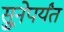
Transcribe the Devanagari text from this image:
सुूनेपर्यंत